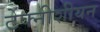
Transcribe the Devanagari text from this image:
टेक्नीशीयन